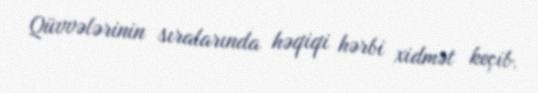
Qüvvələrinin sıralarında həqiqi hərbi xidmət keçib.